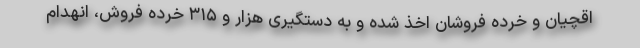
اقچیان و خرده فروشان اخذ شده و به دستگیری هزار و ۳۱۵ خرده فروش، انهدام